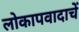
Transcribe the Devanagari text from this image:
लोकापवादाचें